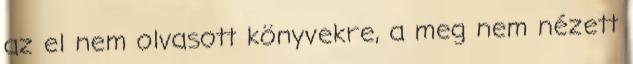
az el nem olvasott könyvekre, a meg nem nézett